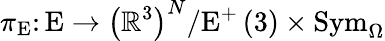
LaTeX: \pi_{\mathrm{E}}\colon\mathrm{E}\rightarrow\left(\mathbb{R}^{3}\right)^{N}/\mathrm{E}^{+}\left(3\right)\times\mathrm{Sym}_{\Omega}